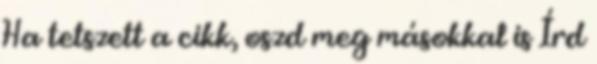
Ha tetszett a cikk, oszd meg másokkal is Írd